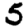
Digit: 5